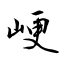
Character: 峺